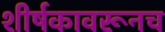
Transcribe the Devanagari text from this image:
शीर्षकावरूनच